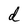
Character: d